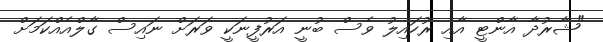
"ޝާރުދާ އާންޓީ އާއި ރުހައިލު ވެސް ބުނީ އަރުފީނަކީ ވަރަށް ނައިސް ގާލްއެއްކަމަށް